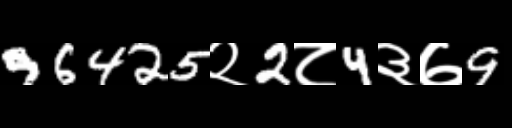
Text: 96425२2८4३७9